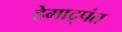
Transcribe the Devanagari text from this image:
हेमाद्र्पंत